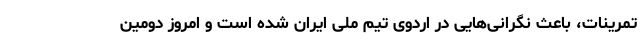
تمرینات، باعث نگرانی‌هایی در اردوی تیم ملی ایران شده است و امروز دومین